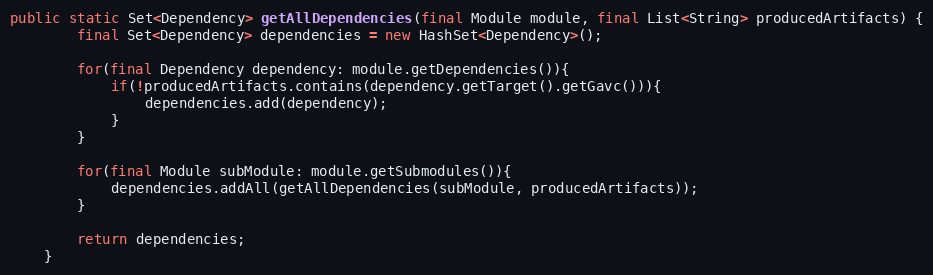
Language: Java
public static Set<Dependency> getAllDependencies(final Module module, final List<String> producedArtifacts) {
        final Set<Dependency> dependencies = new HashSet<Dependency>();

        for(final Dependency dependency: module.getDependencies()){
            if(!producedArtifacts.contains(dependency.getTarget().getGavc())){
                dependencies.add(dependency);
            }
        }

        for(final Module subModule: module.getSubmodules()){
            dependencies.addAll(getAllDependencies(subModule, producedArtifacts));
        }

        return dependencies;
    }